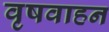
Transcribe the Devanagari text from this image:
वृषवाहन